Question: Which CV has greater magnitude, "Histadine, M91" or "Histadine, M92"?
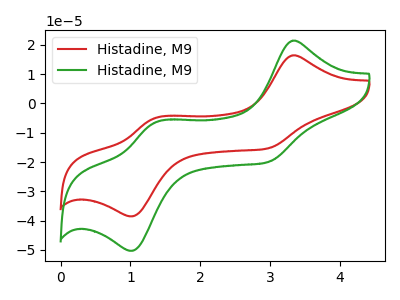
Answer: <think>The red curve "Histadine, M91" has anodic peaks at (3.30V, 16.45uA) (1.35V, -4.95uA) and cathodic peaks at (2.95V, -15.35uA) (1.05V, -38.50uA). The green curve "Histadine, M92" has anodic peaks at (3.30V, 21.45uA) (1.35V, -6.50uA) and cathodic peaks at (2.95V, -20.00uA) (1.05V, -50.30uA).
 All the peaks in "Histadine, M91" have a peak in "Histadine, M92" at the same potential.</think>
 <answer>I cant tell if "Histadine, M91" or "Histadine, M92" has more signal.</answer>
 <eval>mixed_signal</eval>